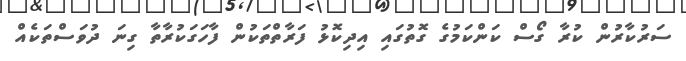
ސަރުކާރުން ކުރާ ގޯސް ކަންކަމުގެ ގޮތުގައި އިދިކޮޅު ފަރާތްތަކުން ފާހަގަކުރާތާ ގިނަ ދުވަސްތަކެއް